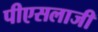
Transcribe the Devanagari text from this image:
पीएसलाजी